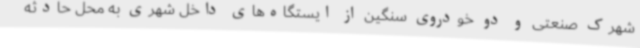
شهرک صنعتی و دو خودروی سنگین از ایستگاه‌های داخل شهری به محل حادثه